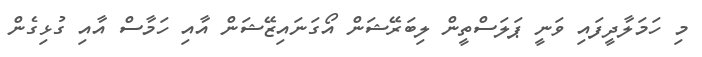
މި ހަމަލާދީފައި ވަނީ ޕަލަސްތީން ލިބަރޭޝަން އޯގަނައިޒޭޝަން އާއި ހަމާސް އާއި ގުޅިގެން